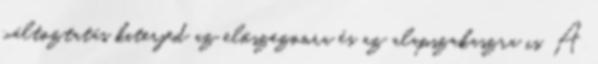
változtatás kiterjed az előszezonra és az alapszakaszra is. A